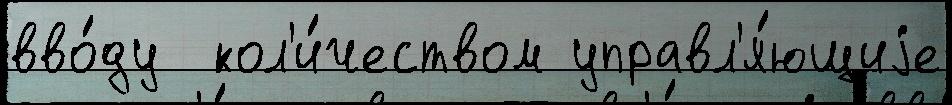
вво́ду  кол'и́чеством управл'я́ющиjе